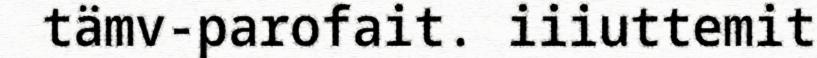
tämv-parofait. iiiuttemit